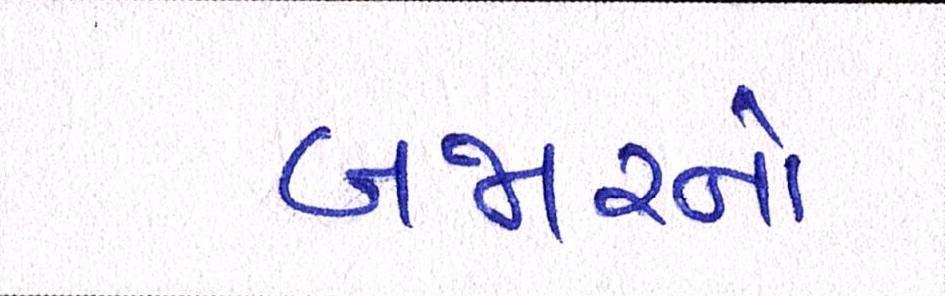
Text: બજારનો